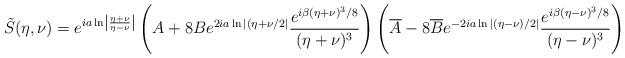
LaTeX: \begin{align*}\tilde S(\eta,\nu)= e^{ia\ln\left|\frac{\eta+\nu}{\eta-\nu}\right|}\left(A + 8B e^{2ia\ln|(\eta+\nu/2|}\frac{e^{i\beta (\eta+\nu)^3/8 }}{(\eta+\nu)^3}\right)\left(\overline{A} - 8\overline{B}e^{-2ia\ln|(\eta-\nu)/2|}\frac{e^{i\beta (\eta-\nu)^3/8 }}{(\eta-\nu)^3}\right)\end{align*}